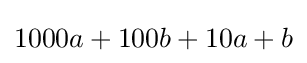
1000a+100b+10a+b